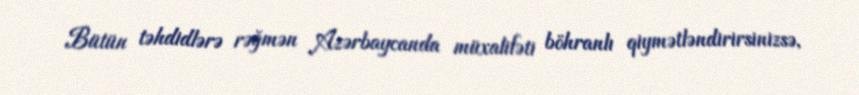
Bütün təhdidlərə rəğmən Azərbaycanda müxalifəti böhranlı qiymətləndirirsinizsə,